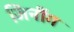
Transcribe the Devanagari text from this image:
जिनींग